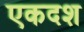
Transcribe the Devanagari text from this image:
एकदश